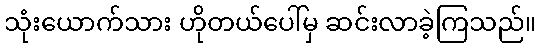
သုံးယောက်သား ဟိုတယ်ပေါ်မှ ဆင်းလာခဲ့ကြသည်။